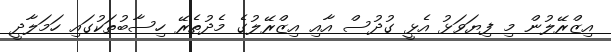
އިޒްރޭލުން މި ފިޔަވަޅު އެޅީ ގުދުސް އާއި އިޒްރޭލުގެ މެދުތެރޭ ހިސާބުތަކުގައި ހަމަލާދީ